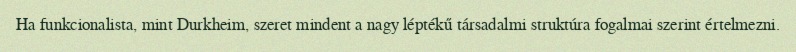
Ha funkcionalista, mint Durkheim, szeret mindent a nagy léptékű társadalmi struktúra fogalmai szerint értelmezni.